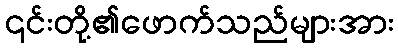
၎င်းတို့၏ဖောက်သည်များအား